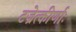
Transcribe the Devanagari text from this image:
टज्रेत्कीर्णाः